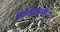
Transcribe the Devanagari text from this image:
कजलमीन